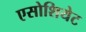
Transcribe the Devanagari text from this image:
एसोशियेट